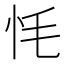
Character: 𢗳